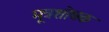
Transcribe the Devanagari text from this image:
मूत्रशोधक